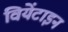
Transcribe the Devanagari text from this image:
वियेंटाइन